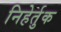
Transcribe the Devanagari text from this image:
निहेर्तुक